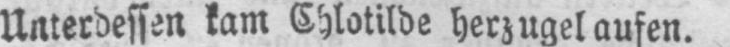
Unterdessen kam Chlotilde herzugelaufen.